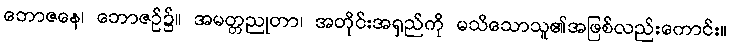
ဘောဇနေ၊ ဘောဇဉ်၌။ အမတ္တညုတာ၊ အတိုင်းအရှည်ကို မသိသောသူ၏အဖြစ်လည်းကောင်း။